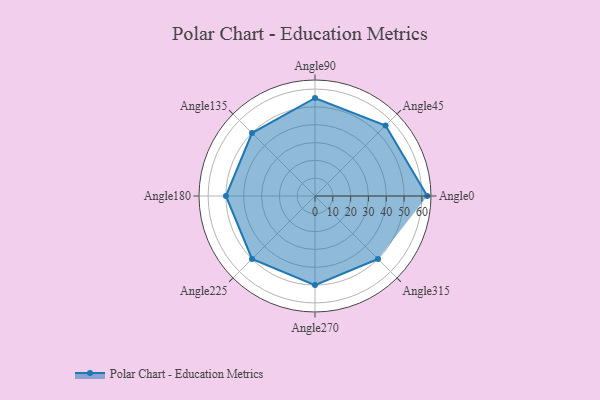
{"axis": {"x": "Angle", "y": "Radius"}, "legend": [""], "data": [{"x": "Angle0", "y": 63.0, "type": ""}, {"x": "Angle45", "y": 56.0, "type": ""}, {"x": "Angle90", "y": 55.0, "type": ""}, {"x": "Angle135", "y": 50, "type": ""}, {"x": "Angle180", "y": 50, "type": ""}, {"x": "Angle225", "y": 50, "type": ""}, {"x": "Angle270", "y": 50, "type": ""}, {"x": "Angle315", "y": 50, "type": ""}]}